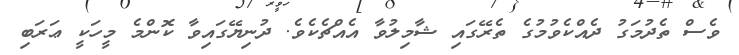
ވެސް ތެދުމަގު ދެއްކެވުމުގެ ތެރޭގައި ޝާމިލުވާ އެއްޗެކެވެ. ދުނިޔޭގައިވާ ކޮންމެ މީހަކީ ޢަރަބި